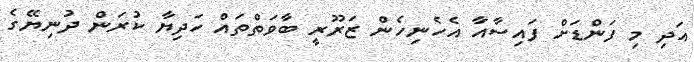
އަދި މި ފަންޑަށް ފައިސާއާ އެހެނިހެން ޒަރޫރީ ބާވަތްތައް ހަދިޔާ ކުރަން ދުނިޔޭގެ